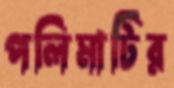
পলিমাটির